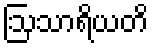
ဩသာရိယတိ